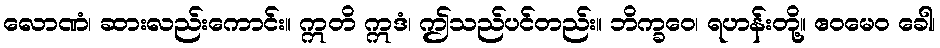
လောဏံ၊ ဆားလည်းကောင်း။ ဣတိ ဣဒံ၊ ဤသည်ပင်တည်း။ ဘိက္ခဝေ၊ ရဟန်းတို့။ ဧဝမေဝ ခေါ၊